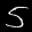
Label: 5